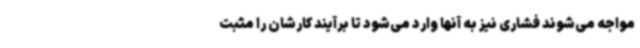
مواجه می‌شوند فشاری نیز به آنها وارد می‌شود تا برآیند کارشان را مثبت